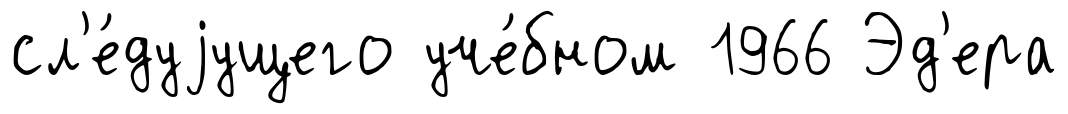
сл'е́дуjущего уче́бном 1966 Эд'ера